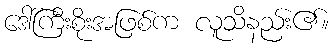
ဒေါ်ကြီးစိုးအဖြစ်က လူသိနည်း၏။